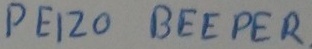
Text: PEIZO BEEPER